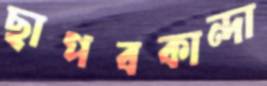
ছাপবকান্দা